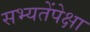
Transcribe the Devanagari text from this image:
सभ्यतेंपेक्षा